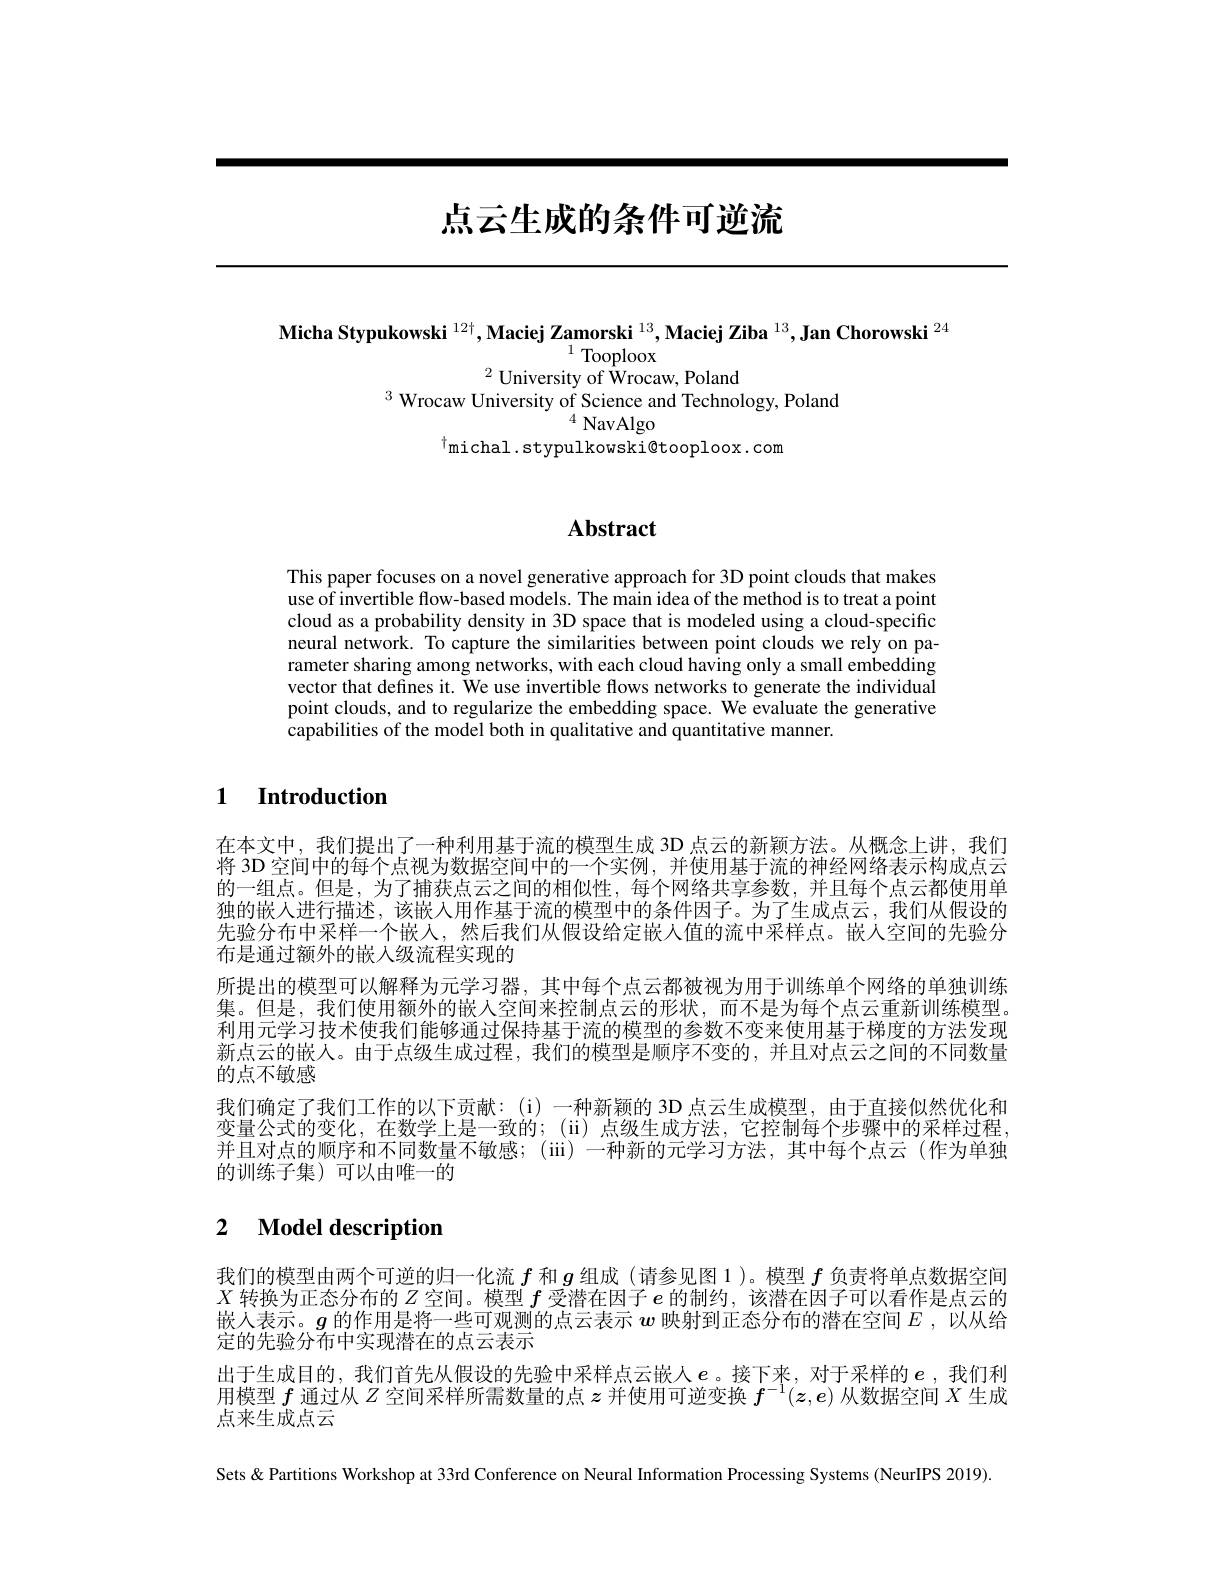
# 点云生成的条件可逆流

Micha Stypukowski $^{12\dagger},\text{Maciej Zamorski }^{13},\textbf{Maciej Ziba}^{13},\textbf{Jan Chorowski }^{24}$
$^{1}$Tooploox
$^{2}$ University of Wrocaw, Poland
$^{3}$ Wrocaw University of Science and Technology, Poland
$^{4}$NavAlgo
$^{\dagger}$michal.stypulkowski@tooploox.com

# Abstract

This paper focuses on a novel generative approach for 3D point clouds that makes use of invertible flow-based models. The main idea of the method is to treat a point cloud as a probability density in 3D space that is modeled using a cloud-specific neural network. To capture the similarities between point clouds we rely on parameter sharing among networks, with each cloud having only a small embedding vector that defines it. We use invertible flows networks to generate the individual point clouds, and to regularize the embedding space. We evaluate the generative capabilities of the model both in qualitative and quantitative manner.

## 1 Introduction

在本文中，我们提出了一种利用基于流的模型生成 3D 点云的新颖方法。从概念上讲，我们将 3D 空间中的每个点视为数据空间中的一个实例，并使用基于流的神经网络表示构成点云的一组点。但是，为了捕获点云之间的相似性，每个网络共享参数，并且每个点云都使用单独的嵌人进行描述，该嵌入用作基于流的模型中的条件因子。为了生成点云，我们从假设的先验分布中采样一个嵌人，然后我们从假设给定嵌入值的流中采样点。嵌人空间的先验分布是通过额外的嵌入级流程实现的
所提出的模型可以解释为元学习器，其中每个点云都被视为用于训练单个网络的单独训练集。但是，我们使用额外的嵌人空间来控制点云的形状，而不是为每个点云重新训练模型利用元学习技术使我们能够通过保持基于流的模型的参数不变来使用基于梯度的方法发现新点云的嵌人。由于点级生成过程，我们的模型是顺序不变的，并且对点云之间的不同数量的点不敏感
我们确定了我们工作的以下贡献：(i)一种新颖的 3D 点云生成模型，由于直接似然优化和变量公式的变化，在数学上是一致的；(ii)点级生成方法，它控制每个步骤中的采样过程并且对点的顺序和不同数量不敏感；(iii)一种新的元学习方法，其中每个点云(作为单独的训练子集)可以由唯一的

## 2 $\textbf{Model description}$

我们的模型由两个可逆的归一化流$f$和$g$组成 (请参见图 1 )。模型$f$负责将单点数据空间$X$转换为正态分布的$Z$空间。模型$\bar{f}$ 受 潜 在 因 子 $e$的制约，该潜在因子可以看作是点云的嵌人表示。$g$的作用是将一些可观测的点云表示$w$映射到正态分布的潜在空间$E$ ,以从给定的先验分布中实现潜在的点云表示
出于生成目的，我们首先从假设的先验中采样点云嵌人$e$。接下来，对于采样的$e$ ,我们利用模型$f$通过从$Z$空间采样所需数量的点$z$并使用可逆变换$f^-1(z,e)$从数据空间$X$生成点来生成点云

Sets & Partitions Workshop at 33rd Conference on Neural Information Processing Systems (NeurIPS 2019)